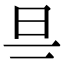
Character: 𣄾